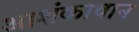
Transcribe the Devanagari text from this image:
आशंकावान